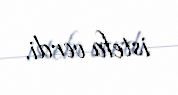
istefa verdi.